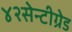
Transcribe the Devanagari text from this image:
४२सेन्टीग्रेड